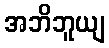
အဘိဘူယျ